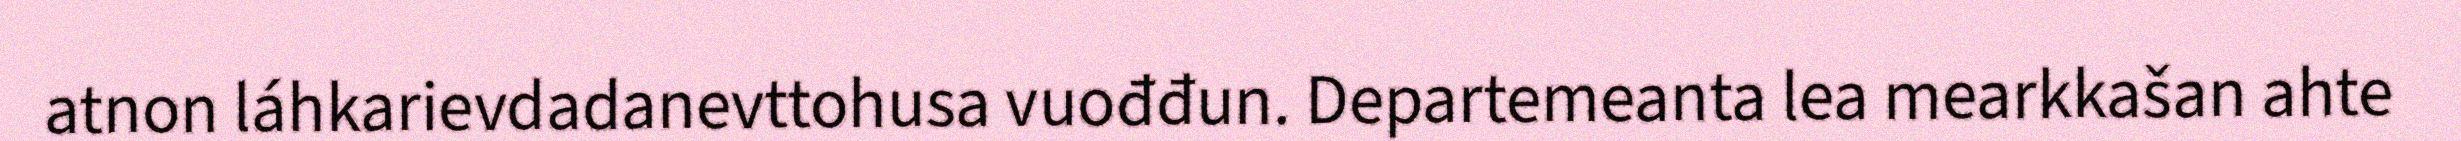
atnon láhkarievdadanevttohusa vuođđun. Departemeanta lea mearkkašan ahte